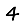
Digit: 4